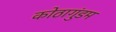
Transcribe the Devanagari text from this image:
कोठागुंडम